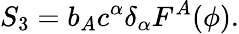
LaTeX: S_{3}=b_{A}c^{\alpha}\delta_{\alpha}F^{A}(\phi).